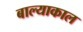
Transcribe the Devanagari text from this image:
बाल्याकाल